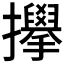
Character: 𫾜